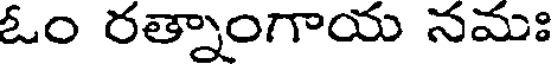
ఓం రత్నాంగాయ నమః